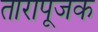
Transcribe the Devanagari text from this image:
तारापूजक